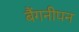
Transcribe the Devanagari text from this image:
बैंगनीपन